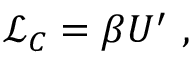
\mathcal { L } _ { C } = \beta U ^ { \prime } \mathrm { ~ , ~ }